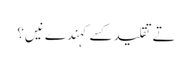
تے تقلید کسے کہندے نیں؟